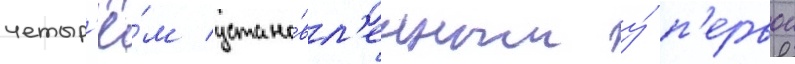
четыр'ё́м устано́вл'енным у́ п'ервои